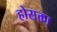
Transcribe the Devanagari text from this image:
होसक्ता